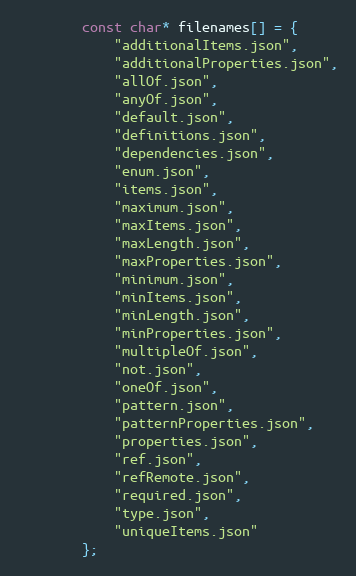
Language: C++
        const char* filenames[] = {
            "additionalItems.json",
            "additionalProperties.json",
            "allOf.json",
            "anyOf.json",
            "default.json",
            "definitions.json",
            "dependencies.json",
            "enum.json",
            "items.json",
            "maximum.json",
            "maxItems.json",
            "maxLength.json",
            "maxProperties.json",
            "minimum.json",
            "minItems.json",
            "minLength.json",
            "minProperties.json",
            "multipleOf.json",
            "not.json",
            "oneOf.json",
            "pattern.json",
            "patternProperties.json",
            "properties.json",
            "ref.json",
            "refRemote.json",
            "required.json",
            "type.json",
            "uniqueItems.json"
        };